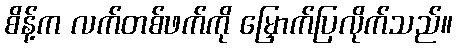
စိန့်က လက်တစ်ဖက်ကို မြှောက်ပြလိုက်သည်။